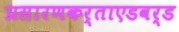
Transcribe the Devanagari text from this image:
प्रसारणकर्ताएडवर्ड